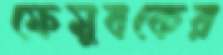
ফেসুবকের